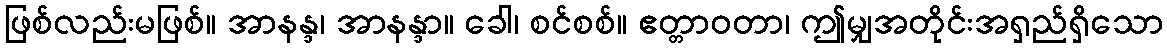
ဖြစ်လည်းမဖြစ်။ အာနန္ဒ၊ အာနန္ဒာ။ ခေါ၊ စင်စစ်။ ဧတ္တာဝတာ၊ ဤမျှအတိုင်းအရှည်ရှိသော